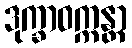
ဒုက္ခာဝက္ကန္တာ